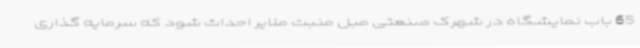
65 باب نمایشگاه در شهرک صنعتی مبل منبت ملایر احداث شود که سرمایه گذاری